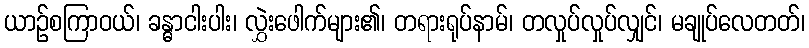
ယာဉ်စကြာဝယ်၊ ခန္ဓာငါးပါး၊ လွှဲးဖေါက်များ၏၊ တရားရုပ်နာမ်၊ တလှုပ်လှုပ်လျှင်၊ မချုပ်လေတတ်၊